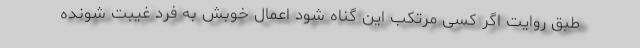
طبق روایت اگر کسی مرتکب این گناه شود اعمال خوبش به فرد غیبت شونده